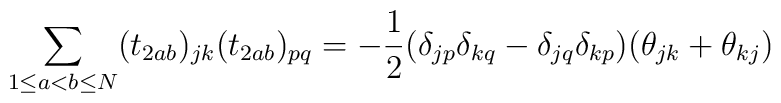
\sum_{1\le a<b\le N}(t_{2ab})_{jk}(t_{2ab})_{pq}=-\frac{1}{2}(\delta_{jp}\delta_{kq}-\delta_{jq}\delta_{kp})(\theta_{jk}+\theta_{kj})